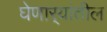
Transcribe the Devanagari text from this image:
घेणार्‍यांतील